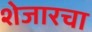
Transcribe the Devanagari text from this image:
शेजारचा